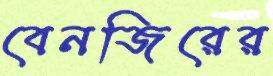
বেনজিরের